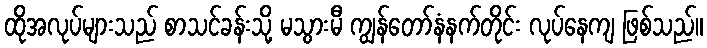
ထိုအလုပ်များသည် စာသင်ခန်းသို့ မသွားမီ ကျွန်တော်နံနက်တိုင်း လုပ်နေကျ ဖြစ်သည်။